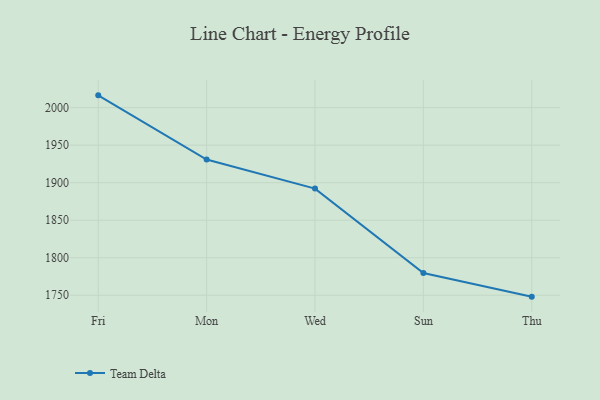
{"axis": {"x": "Day", "y": "Bounce Rate (%)"}, "legend": ["Team Delta"], "data": [{"x": "Fri", "y": 2016.4, "type": "Team Delta"}, {"x": "Mon", "y": 1930.8, "type": "Team Delta"}, {"x": "Wed", "y": 1892.1, "type": "Team Delta"}, {"x": "Sun", "y": 1779.6, "type": "Team Delta"}, {"x": "Thu", "y": 1748.1, "type": "Team Delta"}]}